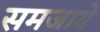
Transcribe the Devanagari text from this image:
समजाये